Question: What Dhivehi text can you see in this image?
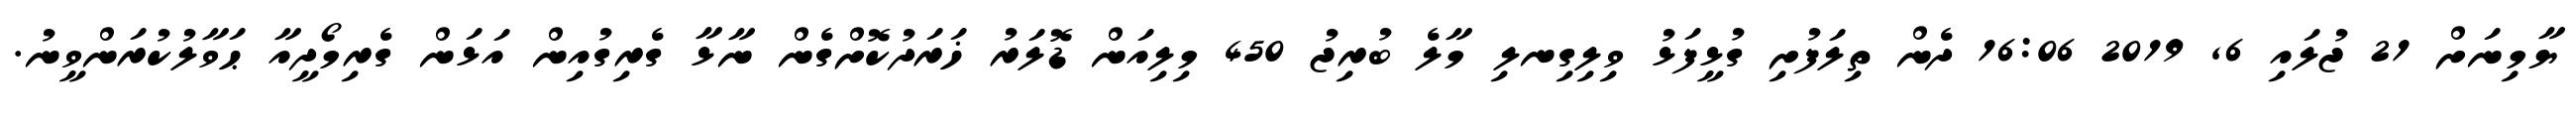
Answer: ޔާމިނަށް 21 ޖުލައި 6, 2019 16:06 ދެން ތިލަފުށި ގުޅީފަޅު ވިލިގިނލި މާލެ ބުރިޖު 450 މިލިއަން ޑޮލަރު ޚަރަދުކޮށްގެން ނާޅާ ގެރިގުއިން އަޅަން ގެރިމޯދީއާ ޙަވާލުކުރަންވީނު.